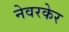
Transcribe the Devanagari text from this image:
नेवरकेर